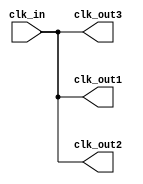
module clock_buffer (
    input wire clk_in,      // Clock input
    output wire clk_out1,   // Buffered clock output 1
    output wire clk_out2,   // Buffered clock output 2
    output wire clk_out3    // Buffered clock output 3
);

    // Buffering logic using a simple assignment. 
    // In real scenarios, you might use specific buffer primitives provided by your synthesis tool.
    assign clk_out1 = clk_in;
    assign clk_out2 = clk_in;
    assign clk_out3 = clk_in;

endmodule